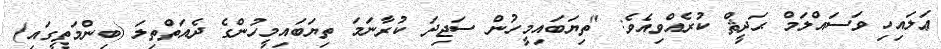
ޢަލައިހި ވަސައްލަމް ޙަދީޘް ކުރެއްވިއެވެ: "ތިޔަބައިމީހުން ސަޖިދަ ކުރާނަމަ ތިޔަބައިމީހުންގެ ދެއަތްތިލަ (ބިންމަތީގައި)